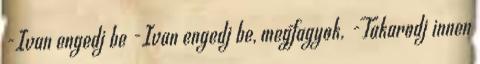
-Ivan engedj be -Ivan engedj be, megfagyok. -Takarodj innen